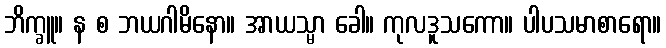
ဘိက္ခူ။ န စ ဘယဂါမိနော။ အာယသ္မာ ခေါ။ ကုလဒူသကော။ ပါပသမာစာရော။